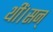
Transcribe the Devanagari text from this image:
थीं।सन्